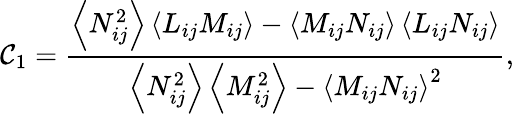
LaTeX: {\mathcal{C}_{1}}=\frac{{{\left\langle{N_{ij}^{2}}\right\rangle\left\langle{{L}_{ij}{M_{ij}}}\right\rangle-\left\langle{{M_{ij}}{N_{ij}}}\right\rangle\left\langle{{L}_{ij}{N_{ij}}}\right\rangle}}}{{{\left\langle{N_{ij}^{2}}\right\rangle\left\langle{M_{ij}^{2}}\right\rangle-{{\left\langle{{M_{ij}}{N_{ij}}}\right\rangle}^{2}}}}},